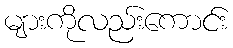
များကိုလည်းကောင်း